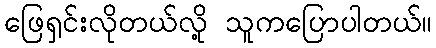
ဖြေရှင်းလိုတယ်လို့ သူကပြောပါတယ်။